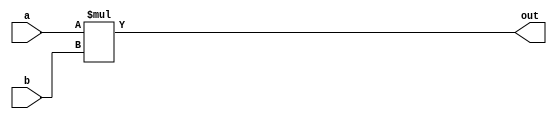
/* 
Name:Your Name 
File:RCA4.v
Description: This is a Four Bit RCA.
*/
module mult(a,b,out);
	
	input [3:0] a, b; 
	output [3:0] out; 

assign out =  a * b ;
endmodule